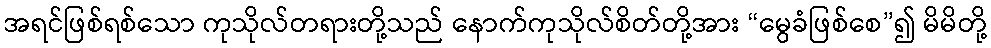
အရင်ဖြစ်ရစ်သော ကုသိုလ်တရားတို့သည် နောက်ကုသိုလ်စိတ်တို့အား “မွေခံဖြစ်စေ”၍ မိမိတို့